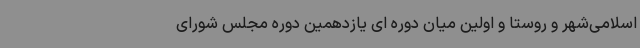
اسلامی‌شهر و روستا و اولین میان دوره ای یازدهمین دوره مجلس شورای